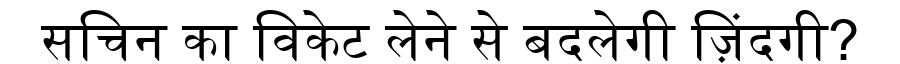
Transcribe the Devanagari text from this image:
सचिन का विकेट लेने से बदलेगी ज़िंदगी?